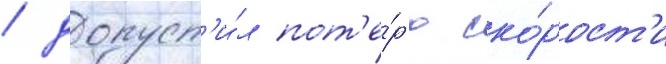
/ допуст'и́л пот'е́р'ю ско́рост'и